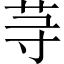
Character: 䒭